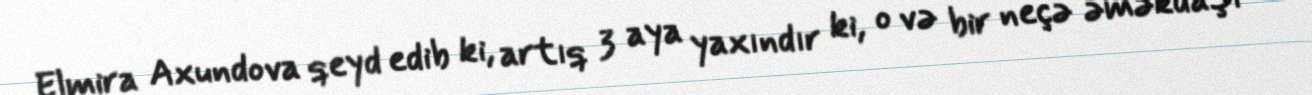
Elmira Axundova qeyd edib ki, artıq 3 aya yaxındır ki, o və bir neçə əməkdaşı